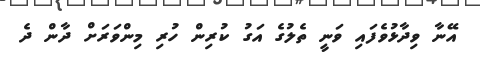
އޭނާ ވިދާޅުވެފައި ވަނީ ތެލުގެ އަގު ކުރިން ހުރި މިންވަރަށް ދާން ދެ